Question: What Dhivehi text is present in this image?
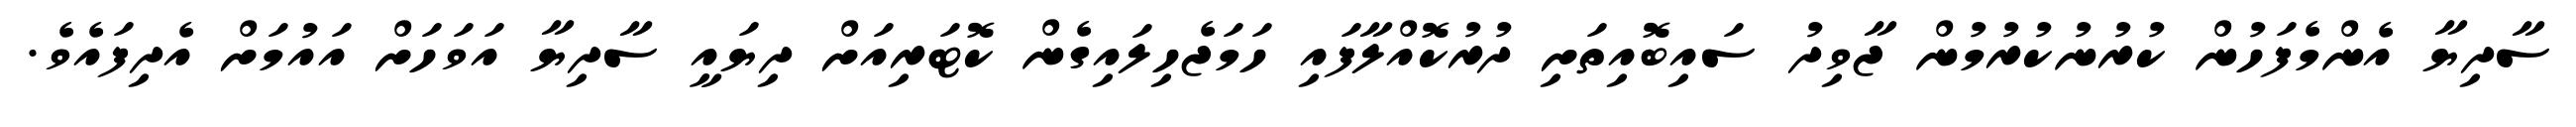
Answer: ސާދިޔާ އެންމެފަހުން ކުރުނުކުރުމުން ޖާވިދު ސައިބޮއިތަށި ދުރުކޮއްލާފައި ހަމަޖެހިލައިގެން ކޮޓަރިއަށް ދިޔައީ ސާދިޔާ އަވަހަށް އައުމަށް އެދިފައެވެ.